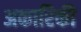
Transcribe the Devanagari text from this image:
अकारिकी